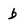
Character: b